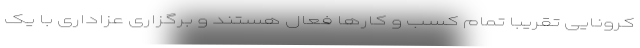
کرونایی تقریباً تمام کسب و کارها فعال هستند و برگزاری عزاداری با یک